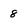
Character: 8